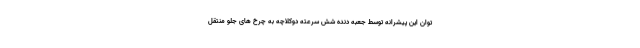
توان این پیشرانه توسط جعبه دنده شش سرعته دوکلاچه به چرخ های جلو منتقل